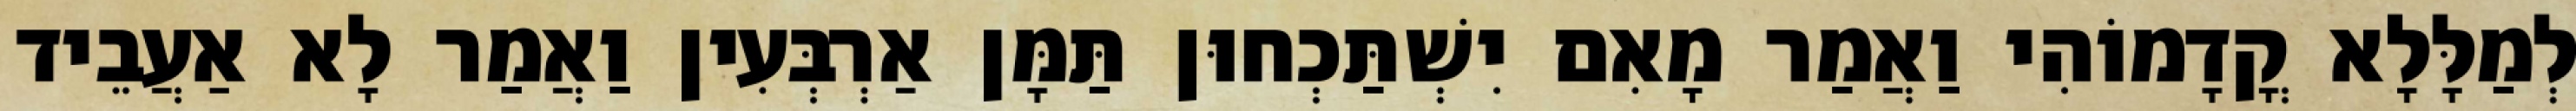
לְמַלָּלָא קֳדָמוֹהִי וַאֲמַר מָאִם יִשְׁתַּכְחוּן תַּמָּן אַרְבְּעִין וַאֲמַר לָא אַעֲבֵיד